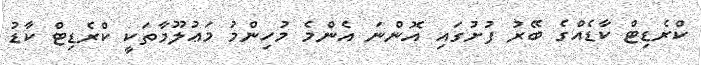
ކްރެޑިޓް ކާޑެއްގެ ބޭރު ފުށުގައި އޮންނަ އެންމެ މުހިންމު މަޢުލޫމާތަކީ ކްރެޑިޓް ކާޑު